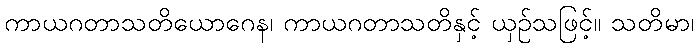
ကာယဂတာသတိယောဂေန၊ ကာယဂတာသတိနှင့် ယှဉ်သဖြင့်။ သတိမာ၊